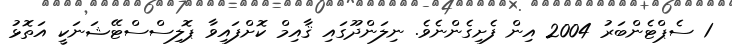
1 ސެޕްޓެންބަރު 2004 އިން ފެށިގެންނެވެ. ނިލަންދޫގައި ޤާއިމް ކޮށްފައިވާ ޕޮލިސްސްޓޭޝަނަކީ އަތޮޅު